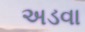
અડવા